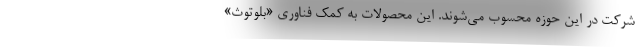
شرکت در این حوزه محسوب می‌شوند. این محصولات به کمک فناوری «بلوتوث»